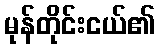
မုန်တိုင်းငယ်၏